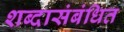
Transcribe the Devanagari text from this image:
शब्दासंबंधित